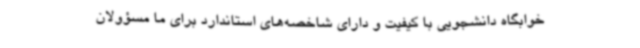
خوابگاه دانشجویی با کیفیت و دارای شاخصه‌های استاندارد برای ما مسؤولان